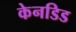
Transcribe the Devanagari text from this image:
केनडिड